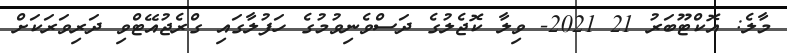
މާލެ: އޮކްޓޫބަރު 21 2021- ވިލާ ކޮޖެލުގެ ދަސްވެނިވުމުގެ ހަފުލާގައި ގްރެޖުއޭޓްވި ދަރިިވަރަކަށް